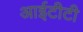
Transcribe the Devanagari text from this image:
आईटीटी